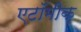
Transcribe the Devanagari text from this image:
एटॉमीक